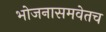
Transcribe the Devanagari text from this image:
भोजनासमवेतच